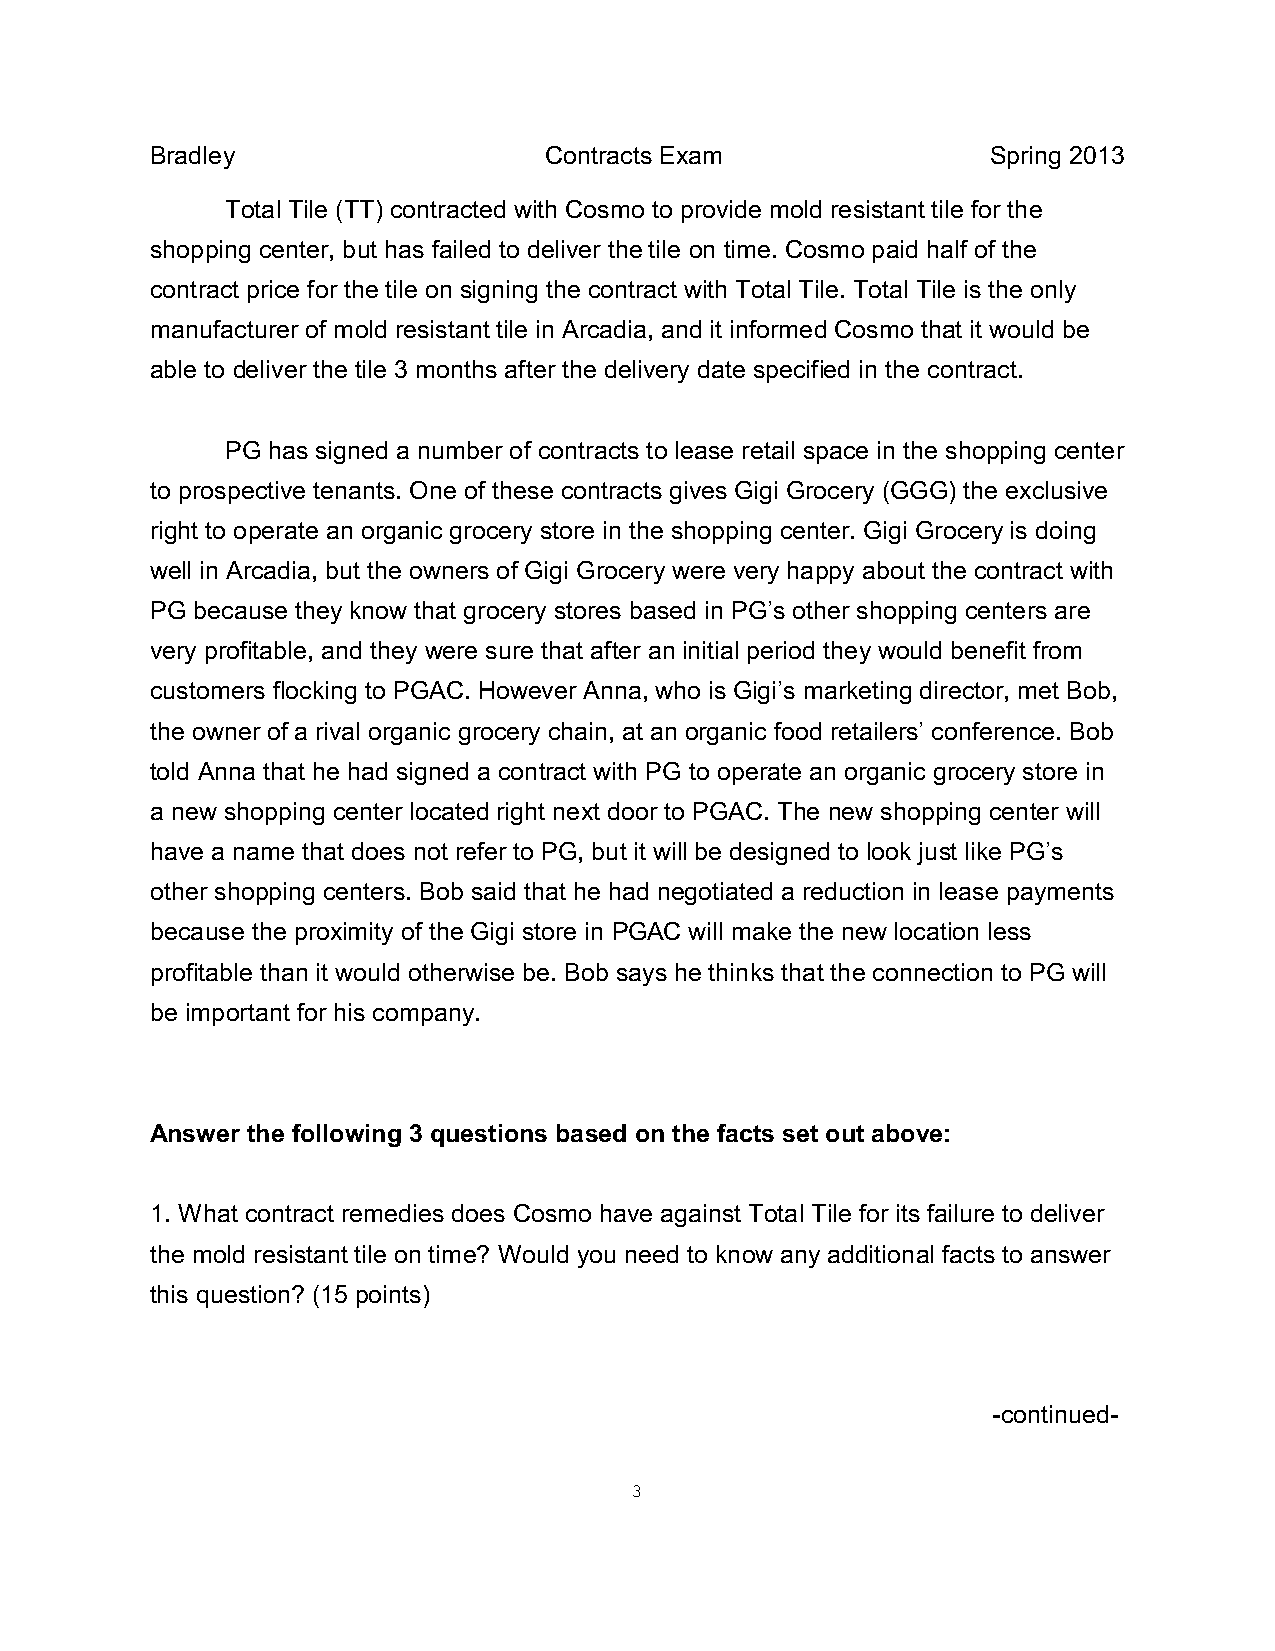
Bradley                   Contracts Exam                Spring 2013
 Total Tile (TT) contracted with Cosmo to provide mold resistant tile for the
 shopping center, but has failed to deliver the tile on time. Cosmo paid half of the
 contract price for the tile on signing the contract with Total Tile. Total Tile is the only
 manufacturer of mold resistant tile in Arcadia, and it informed Cosmo that it would be
 able to deliver the tile 3 months after the delivery date specified in the contract.
 PG has signed a number of contracts to lease retail space in the shopping center
 to prospective tenants. One of these contracts gives Gigi Grocery (GGG) the exclusive
 right to operate an organic grocery store in the shopping center. Gigi Grocery is doing
 well in Arcadia, but the owners of Gigi Grocery were very happy about the contract with
 PG because they know that grocery stores based in PG’s other shopping centers are
 very profitable, and they were sure that after an initial period they would benefit from
 customers flocking to PGAC. However Anna, who is Gigi’s marketing director, met Bob,
 the owner of a rival organic grocery chain, at an organic food retailers’ conference. Bob
 told Anna that he had signed a contract with PG to operate an organic grocery store in
 a new shopping center located right next door to PGAC. The new shopping center will
 have a name that does not refer to PG, but it will be designed to look just like PG’s
 other shopping centers. Bob said that he had negotiated a reduction in lease payments
 because the proximity of the Gigi store in PGAC will make the new location less
 profitable than it would otherwise be. Bob says he thinks that the connection to PG will
 be important for his company.
 Answer the following 3 questions based on the facts set out above:
 1. What contract remedies does Cosmo have against Total Tile for its failure to deliver
 the mold resistant tile on time? Would you need to know any additional facts to answer
 this question? (15 points)
 -continued-
 3